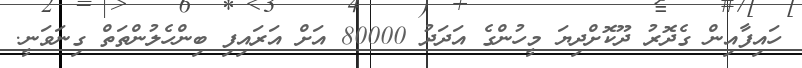
ހައިފާއިން ގެދޮރު ދޫކޮށްދިޔަ މީހުންގެ އަދަދު 80000 އަށް އަރައިފި ބިންހެލުންތަތް ގިނަވަނީ.